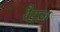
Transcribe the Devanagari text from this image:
रैट्ज़